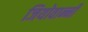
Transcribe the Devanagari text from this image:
जियोवान्नी